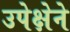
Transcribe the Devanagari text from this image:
उपेक्षेने